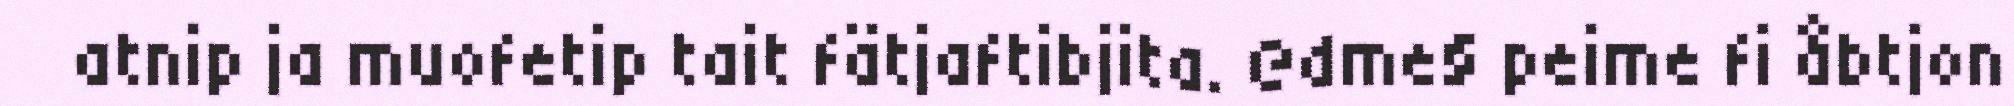
atnip ja muofetip tait fätjaftibjita. @dme§ peime fi åbtjon